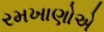
રમખાણોએ